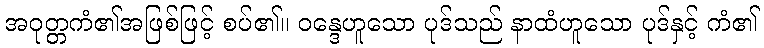
အဝုတ္တကံ၏အဖြစ်ဖြင့် စပ်၏။ ဝန္ဒေဟူသော ပုဒ်သည် နာထံဟူသော ပုဒ်နှင့် ကံ၏